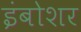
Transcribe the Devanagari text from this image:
इंबोशर